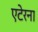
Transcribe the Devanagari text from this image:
एटेरना